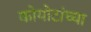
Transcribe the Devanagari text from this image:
कोयोटांच्या